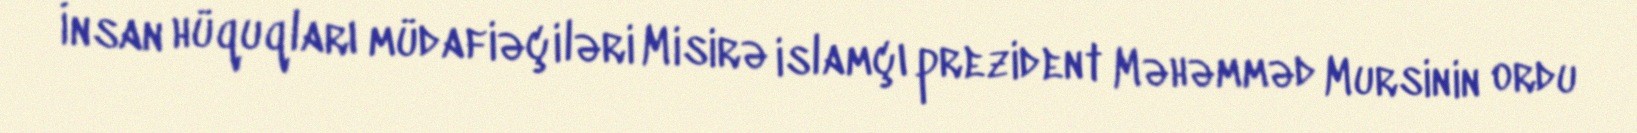
İnsan hüquqları müdafiəçiləri Misirə islamçı prezident Məhəmməd Mursinin ordu